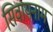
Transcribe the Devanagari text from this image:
सिवायनाम